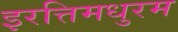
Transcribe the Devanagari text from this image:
इरत्तिमधुरम